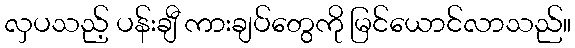
လှပသည့် ပန်းချီ ကားချပ်တွေကို မြင်ယောင်လာသည်။